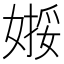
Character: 𱙢